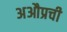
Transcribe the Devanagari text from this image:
अऔप्रची